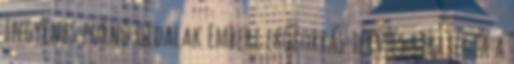
ingyenes pornó oldalak Emberi erőforrás terv és stratégia a